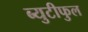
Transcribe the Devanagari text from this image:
ब्युटीफुल